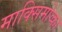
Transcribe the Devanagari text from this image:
माक्सिमोव्का